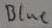
Text: Blue